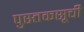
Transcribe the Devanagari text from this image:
पुस्तकसूची